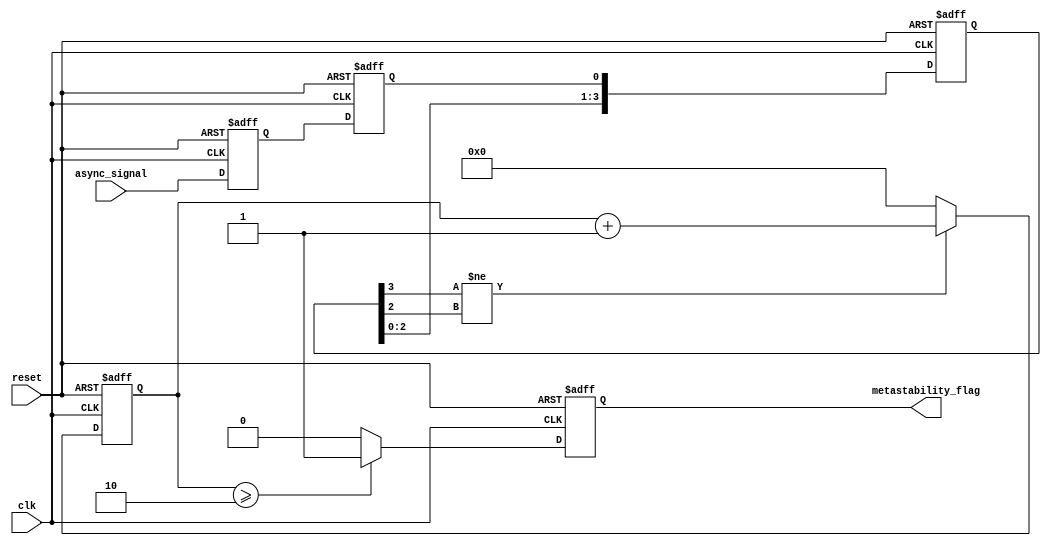
module metastability_detector (
    input wire clk,                // Sampling clock
    input wire async_signal,       // Asynchronous input signal
    input wire reset,              // Reset signal
    output reg metastability_flag   // Metastability detection flag
);

    // Parameters for configuration
    parameter NUM_SAMPLES = 4;     // Number of samples to confirm metastability
    parameter THRESHOLD = 2;        // Threshold for detecting metastability

    // Internal signals
    reg latch1, latch2;
    reg [NUM_SAMPLES-1:0] sample_counter; // Counter for sampling
    reg [NUM_SAMPLES-1:0] latch2_history; // History of Latch2 states

    // Latch1: Sample the asynchronous signal
    always @(posedge clk or posedge reset) begin
        if (reset) begin
            latch1 <= 1'b0;
        end else begin
            latch1 <= async_signal; // Sample the async signal
        end
    end

    // Latch2: Sample the output of Latch1
    always @(posedge clk or posedge reset) begin
        if (reset) begin
            latch2 <= 1'b0;
            sample_counter <= 0;
            latch2_history <= 0;
            metastability_flag <= 1'b0;
        end else begin
            latch2 <= latch1; // Sample Latch1 output

            // Shift the history of Latch2 states
            latch2_history <= {latch2_history[NUM_SAMPLES-2:0], latch2};

            // Check for metastability condition
            if (latch2_history[NUM_SAMPLES-1] != latch2_history[NUM_SAMPLES-2]) begin
                sample_counter <= sample_counter + 1;
            end else begin
                sample_counter <= 0; // Reset counter if stable
            end

            // Assert metastability flag if condition is met
            if (sample_counter >= THRESHOLD) begin
                metastability_flag <= 1'b1; // Metastability detected
            end else begin
                metastability_flag <= 1'b0; // No metastability
            end
        end
    end

endmodule